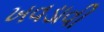
ખવડાવી